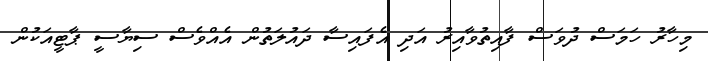
މިހާރު ހަމަސް ދުވަސް ފާއިތުވާއިރު އަދި އެފައިސާ ދައުލަތުން އެއްވެސް ސިޔާސީ ޕާޓީއަކުން